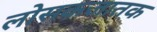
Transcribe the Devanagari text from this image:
लोसकजातक